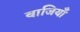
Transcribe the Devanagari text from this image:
बाजियाँ